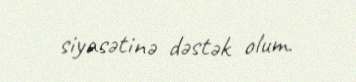
siyasətinə dəstək olum.